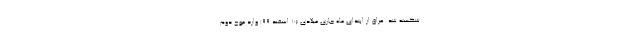
شکسته شد. عراق از ابتدای ماه جاری میلادی (۱۰ اسفند ۹۹) وارد موج دوم